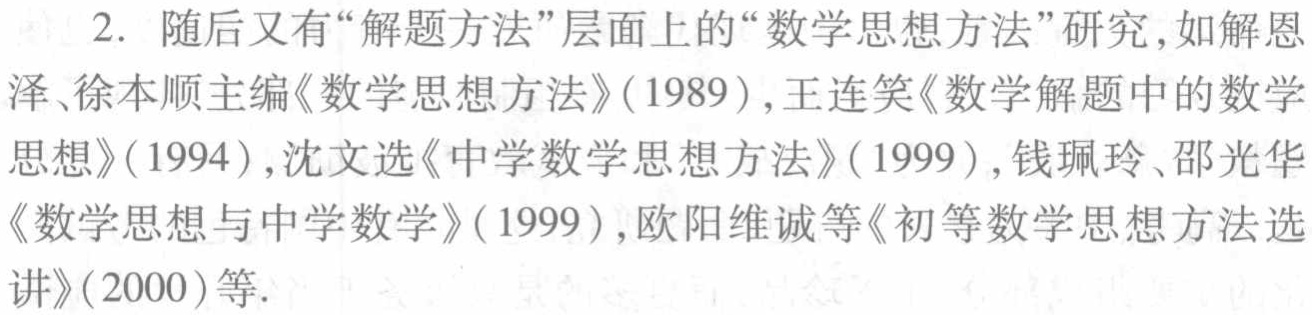
2. 随后又有“解题方法”层面上的“数学思想方法”研究,如解恩泽、徐本顺主编《数学思想方法》(1989),王连笑《数学解题中的数学思想》(1994),沈文选《中学数学思想方法》(1999),钱珮玲、邵光华《数学思想与中学数学》(1999),欧阳维诚等《初等数学思想方法选讲》(2000)等.